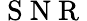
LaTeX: \mathrm{~S~N~R~}